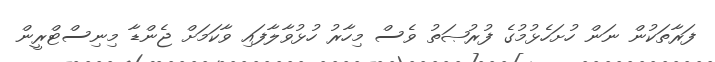
ފަރާތަކުން ނަން ހުށަހެޅުމުގެ ފުރުޞަތު ވެސް މިހާރު ހުޅުވާލާފައި ވާކަމަށް ޖެންޑާ މިނިސްޓްރީން